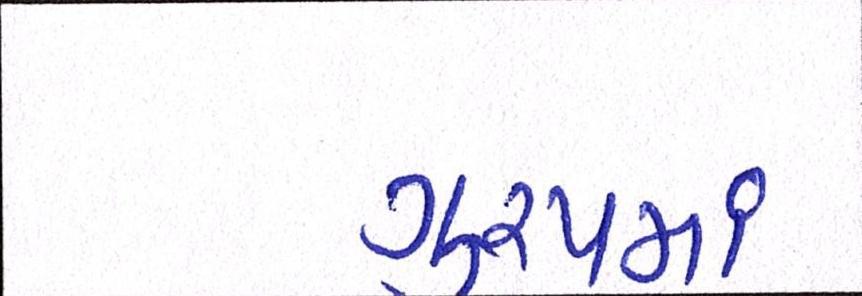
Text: ગુ્રપમાં